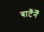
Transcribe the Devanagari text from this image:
बाटँनेँ